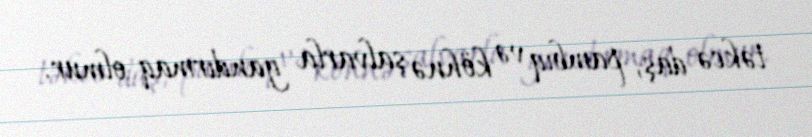
təkcə daş, pambıq və köhnə şalvarla yandırmaq olmur.